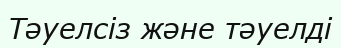
Тәуелсіз және тәуелді